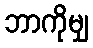
ဘာကိုမျှ